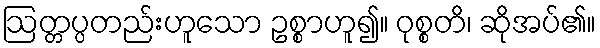
ဩတ္တပ္ပတည်းဟူသော ဥစ္စာဟူ၍။ ဝုစ္စတိ၊ ဆိုအပ်၏။